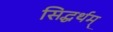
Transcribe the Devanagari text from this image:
सिद्धर्थम्